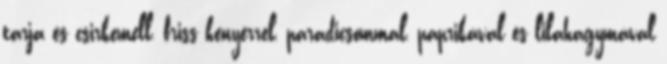
tarja és csirkemell, friss kenyérrel, paradicsommal, paprikával és lilahagymával